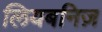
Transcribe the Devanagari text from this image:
लियबनिज़